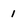
Character: 1